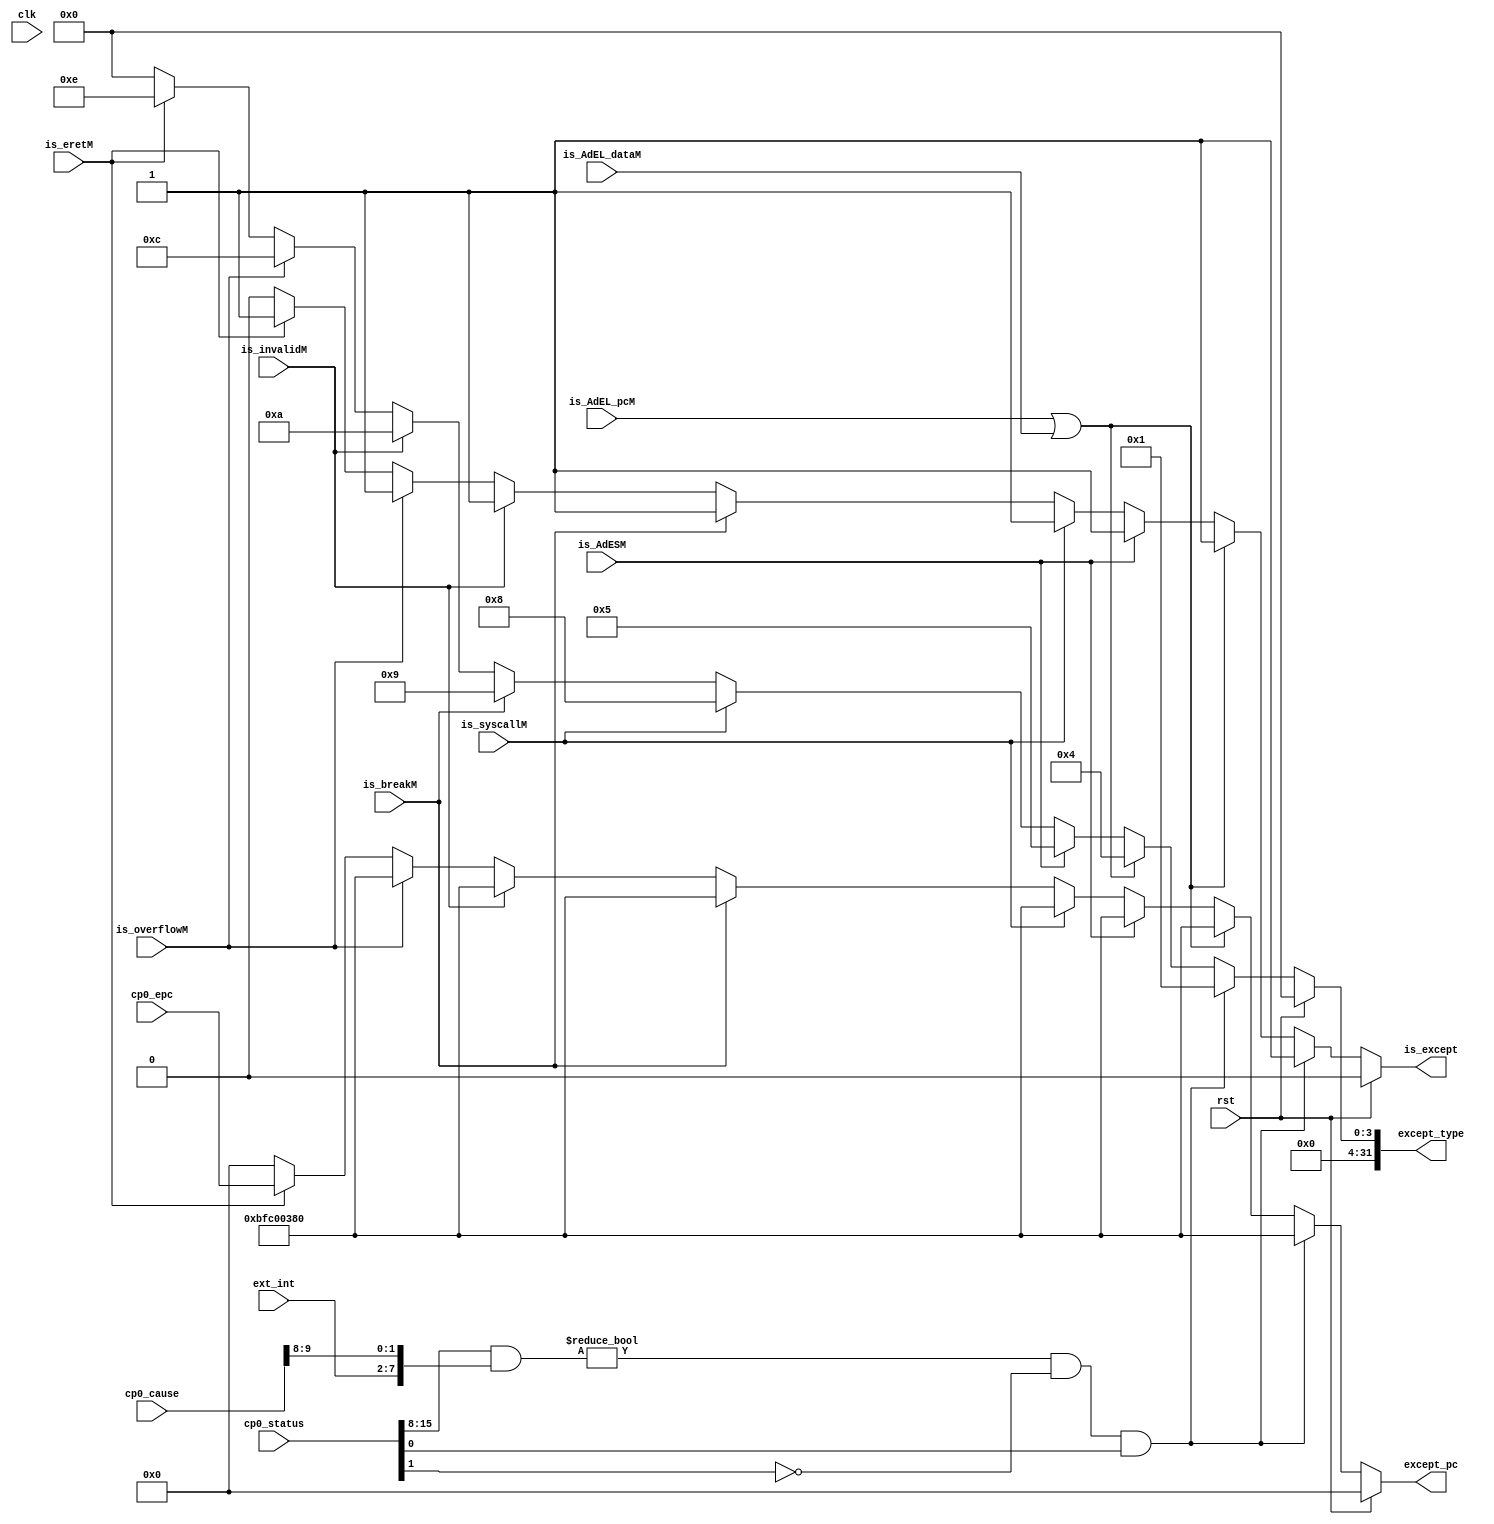
module except_detection(
    input wire clk,                // Clock signal
    input wire rst,                // Reset signal
    input wire [5:0] ext_int,      // External interrupts from the CPU hardware
    input wire [31:0] cp0_status,  // Value of CP0's Status register for interrupt checking
    input wire [31:0] cp0_cause,   // Value of CP0's Cause register for software interrupts
    input wire [31:0] cp0_epc,     // Value of CP0's Epc register
    input wire is_syscallM,        // SYSCALL instruction flag
    input wire is_breakM,          // BREAK instruction flag
    input wire is_eretM,           // ERET instruction flag
    input wire is_AdEL_pcM,        // Misaligned PC fetch flag
    input wire is_AdEL_dataM,      // Misaligned Load address flag
    input wire is_AdESM,           // Misaligned Store address flag
    input wire is_overflowM,       // Integer overflow flag
    input wire is_invalidM,        // Invalid/Reserved instruction flag

    output reg is_except,          // Exception trigger flag
    output reg [31:0] except_type, // Exception type
    output reg [31:0] except_pc    // Next PC when an exception is triggered (Unified entry address for all exceptions: 32'hBFC00380)
);

always @(*) begin
    if (rst) begin
        is_except <= 1'b0;
        except_type <= 32'b0;
        except_pc <= 32'b0;
    end else begin
        if ((cp0_status[15:8] & {ext_int,cp0_cause[9:8]}) != 8'h00 &
            (cp0_status[1] == 1'b0) & cp0_status[0] == 1'b1) begin
            // Software or hardware interrupt
            is_except <= 1'b1;
            except_type <= 32'h00000001;
            except_pc <= 32'hBFC00380;
        end else if (is_AdEL_pcM | is_AdEL_dataM) begin
            // Misaligned PC fetch or Load misalignment
            is_except <= 1'b1;
            except_type <= 32'h00000004;
            except_pc <= 32'hBFC00380;
        end else if (is_AdESM) begin
            // Store misalignment
            is_except <= 1'b1;
            except_type <= 32'h00000005;
            except_pc <= 32'hBFC00380;
        end else if (is_syscallM) begin
            // SYSCALL
            is_except <= 1'b1;
            except_type <= 32'h00000008;
            except_pc <= 32'hBFC00380;
        end else if (is_breakM) begin
            // BREAK
            is_except <= 1'b1;
            except_type <= 32'h00000009;
            except_pc <= 32'hBFC00380;
        end else if (is_invalidM) begin
            // Invalid/Reserved instruction
            is_except <= 1'b1;
            except_type <= 32'h0000000a;
            except_pc <= 32'hBFC00380;
        end else if (is_overflowM) begin
            // Integer overflow
            is_except <= 1'b1;
            except_type <= 32'h0000000c;
            except_pc <= 32'hBFC00380;
        end else if (is_eretM) begin
            // ERET
            is_except <= 1'b1;
            except_type <= 32'h0000000e;
            except_pc <= cp0_epc;    // Return address
        end else begin
            is_except <= 1'b0;
            except_type <= 32'b0;
            except_pc <= 32'b0;
        end
    end
end

endmodule